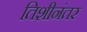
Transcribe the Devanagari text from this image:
तिशीनंतर